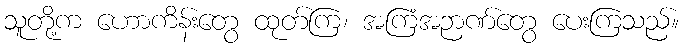
သူတို့က ဟောကိန်းတွေ ထုတ်ကြ၊ အကြံအဉာဏ်တွေ ပေးကြသည်။